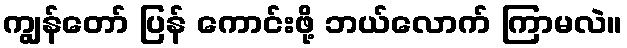
ကျွန်တော် ပြန် ကောင်းဖို့ ဘယ်လောက် ကြာမလဲ။